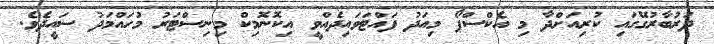
ދަރުބާރުގޭގައި ކުރިއަށްދާ މި އެކްސްޕޯ މިއަދު ފައްޓަވައިދެއްވީ އިކޮނޮމިކް މިނިސްޓަރު މުހައްމަދު ސައީދެވެ.